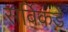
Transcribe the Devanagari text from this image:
सर्विकडे